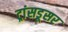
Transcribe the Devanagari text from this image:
ट्रांसडूसर